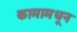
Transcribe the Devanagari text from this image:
कामामधून